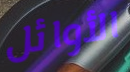
الأوائل